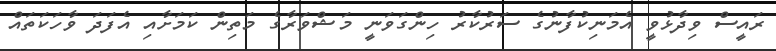
ރައީސް ވިދާޅުވީ އެމަނިކުފާނުގެ ސަރުކާރު ހިންގަވަނީ މަޝްވަރާގެ މަތިން ކަމަށާއި އެފަދަ ވާހަކަތައް